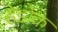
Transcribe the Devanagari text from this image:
हेडोक